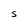
Character: s